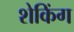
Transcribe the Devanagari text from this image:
शेकिंग